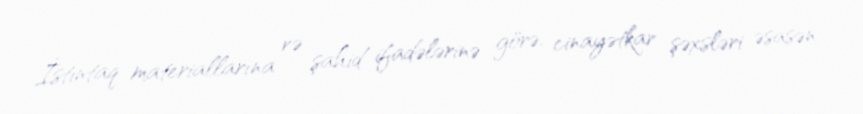
İstintaq materiallarına və şahid ifadələrinə görə, cinayətkar şəxsləri əsasən